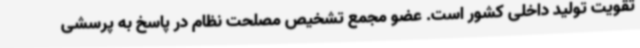
تقویت تولید داخلی کشور است. عضو مجمع تشخیص مصلحت نظام در پاسخ به پرسشی